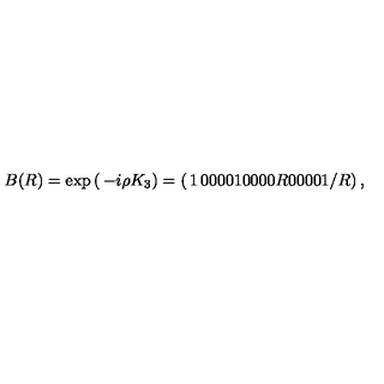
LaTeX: B ( R ) = \exp \left( \begin{matrix} { - i \rho K _ { 3 } } \\ \end{matrix} \right) = \left( \begin{matrix} { 1 } & { 0 } & { 0 } & { 0 } \\ { 0 } & { 1 } & { 0 } & { 0 } \\ { 0 } & { 0 } & { R } & { 0 } \\ { 0 } & { 0 } & { 0 } & { 1 / R } \\ \end{matrix} \right) ,